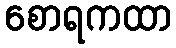
စောရကထာ